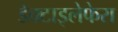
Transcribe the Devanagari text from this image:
डेक्टाइलेफेरा